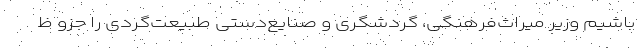
باشیم وزیر میراث‌فرهنگی، گردشگری و صنایع‌دستی طبیعت‌گردی را جزو ظ